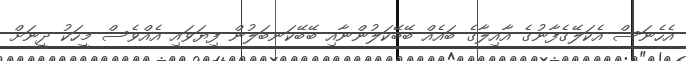
އެހެނަސް އެކަލޭގެފާނުގެ އާއިލާގެ ބައެއް ބޭބޭކަލުންނާއި ބޭބޭކަނބަލުން ފިޔަވައި އެއްވެސް މީހަކު ދީނަށް